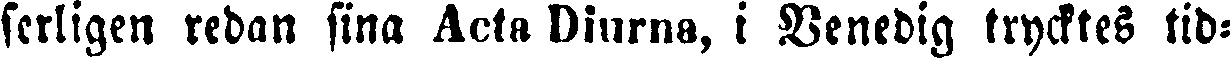
serligen redan sina Acta Diurna, i Venedig trycktes tid-